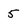
Character: 5